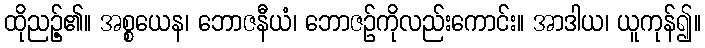
ထိုညဉ့်၏။ အစ္စယေန၊ ဘောဇနီယံ၊ ဘောဇဉ်ကိုလည်းကောင်း။ အာဒါယ၊ ယူကုန်၍။